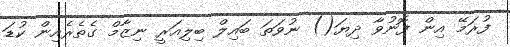
ފުރަމޭ އިން ފޮނުވާ ދިޔަ() ނުވަތަ ބައިލް ބިލިއަރީ ނިޒާމް ގެތެރެއިން ކުޑަ